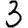
Digit: 3